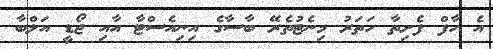
އެ ހާފް ފެށިތާ ހަތަރު މިނެޓުތެރޭ ބާސާގެ އިނިއެސްޓާ އާއި ޖޯޑީ އަލްބާ